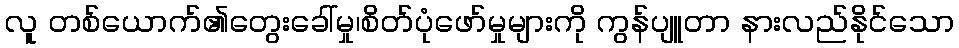
လူ တစ်ယောက်၏တွေးခေါ်မှု၊စိတ်ပုံဖော်မှုများကို ကွန်ပျူတာ နားလည်နိုင်သော